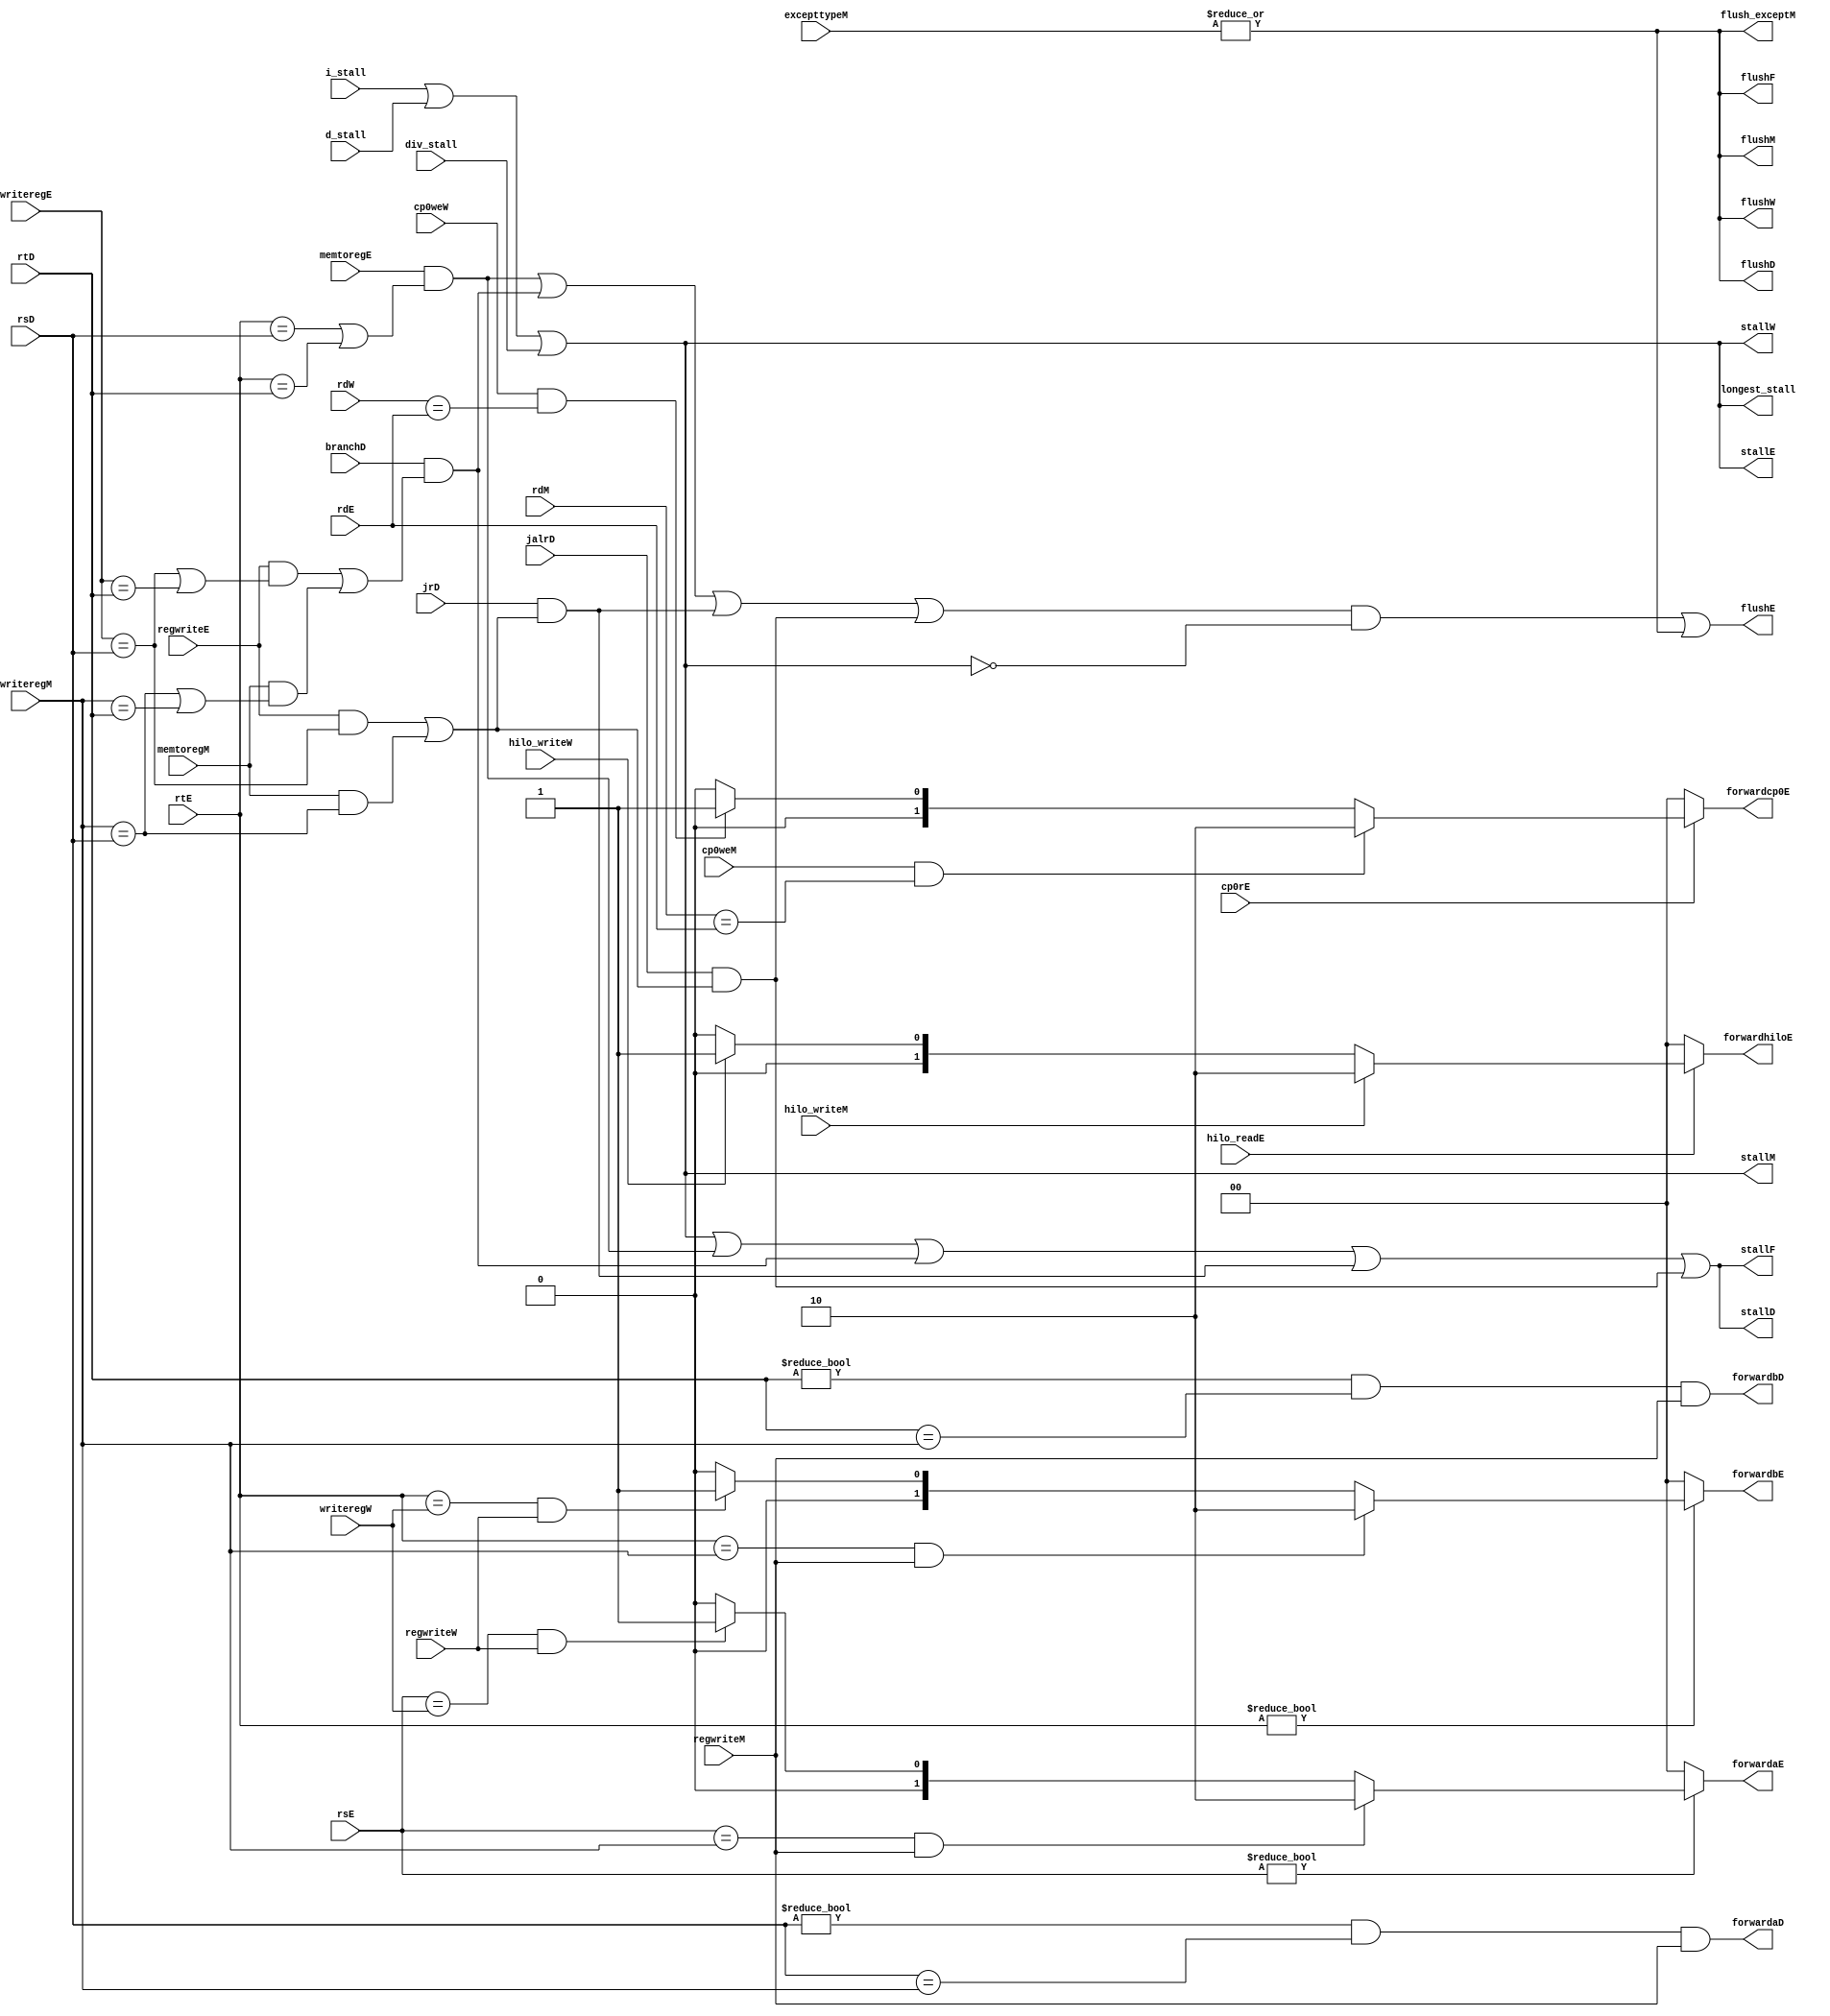
`timescale 1ns / 1ps
//////////////////////////////////////////////////////////////////////////////////
// Company: 
// Engineer: 
// 
// Design Name: 
// Module Name: hazard
// Project Name: 
// Target Devices: 
// Tool Versions: 
// Description: 
// 
// Dependencies: 
// 
// Revision:
// Revision 0.01 - File Created
// Additional Comments:
// 
//////////////////////////////////////////////////////////////////////////////////


module hazard(
	//fetch stage
	output wire stallF,flushF,
	//decode stage
	input wire[4:0] rsD,rtD,
	input wire branchD,jrD,jalrD,
	output wire forwardaD,forwardbD,
	output wire stallD,flushD,
	//execute stage
	input wire[4:0] rsE,rtE,rdE,
	input wire[4:0] writeregE,
	input wire regwriteE,
	input wire memtoregE,
	input wire hilo_readE,
	input wire cp0rE,
	input wire div_stall,
	output reg[1:0] forwardaE,forwardbE,forwardhiloE,forwardcp0E,
	output wire flushE,stallE,
	//mem stage
	input wire[4:0] writeregM,rdM,
	input wire regwriteM,
	input wire memtoregM,
	input wire hilo_writeM,
	input wire [31:0] excepttypeM,
	input wire cp0weM,
	output wire stallM,flushM,
	//write back stage
	input wire[4:0] writeregW,rdW,
	input wire regwriteW,
	input wire hilo_writeW,
	input wire cp0weW,
	output wire stallW,flushW,
	output wire flush_exceptM,
	output wire longest_stall,
	input wire i_stall,d_stall
    );

	wire lwstallD,branchstallD,jrstallD,jalrstallD;

	//forwarding sources to D stage (branch equality)
	assign forwardaD = (rsD != 0 & rsD == writeregM & regwriteM);
	assign forwardbD = (rtD != 0 & rtD == writeregM & regwriteM);
	
	//forwarding sources to E stage (ALU)
	always @(*) begin
		forwardaE = 2'b00;
		forwardbE = 2'b00;
		forwardhiloE = 2'b00;
		forwardcp0E = 2'b00;
		if(rsE != 0) begin
			if(rsE == writeregM & regwriteM) begin
				forwardaE = 2'b10;
			end else if(rsE == writeregW & regwriteW) begin
				forwardaE = 2'b01;
			end
		end
		if(rtE != 0) begin
			if(rtE == writeregM & regwriteM) begin
				forwardbE = 2'b10;
			end else if(rtE == writeregW & regwriteW) begin
				forwardbE = 2'b01;
			end
		end
		if(hilo_readE != 0) begin
			if(hilo_writeM) begin
				forwardhiloE = 2'b10;
			end else if(hilo_writeW) begin
				forwardhiloE = 2'b01;
			end
		end
		if(cp0rE != 0) begin
			if(cp0weM && rdM == rdE) begin
				forwardcp0E  = 2'b10;
			end else if(cp0weW && rdW == rdE) begin
				forwardcp0E  = 2'b01;
			end
		end
	end

	//stalls
	assign lwstallD = memtoregE & (rtE == rsD | rtE == rtD);
	assign branchstallD = branchD &
				(regwriteE & 
				(writeregE == rsD | writeregE == rtD) |
			    memtoregM &
				(writeregM == rsD | writeregM == rtD));
	assign jrstallD =  jrD & ((regwriteE & (writeregE == rsD)) | (memtoregM & (writeregM == rsD)));
	assign jalrstallD =  jalrD & ((regwriteE & (writeregE == rsD)) | (memtoregM & (writeregM == rsD)));
    assign longest_stall = i_stall | d_stall | div_stall;
	
	assign stallD = longest_stall | lwstallD | branchstallD | jrstallD | jalrstallD;
	assign stallF = stallD;
	assign stallE = longest_stall;
	assign stallM = longest_stall;
    assign stallW = longest_stall;
		//stalling D stalls all previous stages

	assign flushF = (|excepttypeM);
	assign flushD = (|excepttypeM);
	assign flushE = (lwstallD | branchstallD | jrstallD | jalrstallD) & ~longest_stall | (|excepttypeM); 
    assign flushM = (|excepttypeM);
	assign flushW = (|excepttypeM);
	assign flush_exceptM = (|excepttypeM);
		//stalling D flushes next stage
	// Note: not necessary to stall D stage on store
  	//       if source comes from load;
  	//       instead, another bypass network could
  	//       be added from W to M
endmodule